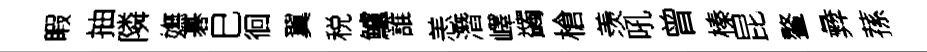
睱抽隣嫵碁巳徊翼税鱸誰恙潛嶧蠲槍羡吼曾榛昆鳌彜蓀